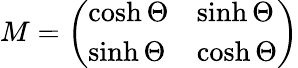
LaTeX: {\mathbf\sf M}=\left(\begin{array}{ll}{{\cosh\Theta}}&{{\sinh\Theta}}\\ {{\sinh\Theta}}&{{\cosh\Theta}}\end{array}\right)